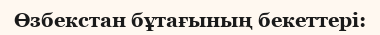
Өзбекстан бұтағының бекеттері: